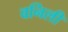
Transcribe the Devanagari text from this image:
वनिली